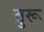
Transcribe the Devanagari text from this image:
तुरू